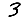
Digit: 3